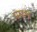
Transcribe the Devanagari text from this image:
पमल